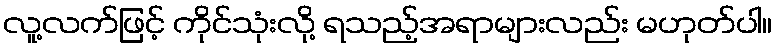
လူ့လက်ဖြင့် ကိုင်သုံးလို့ ရသည့်အရာများလည်း မဟုတ်ပါ။